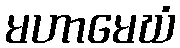
မဟာမေဃံ